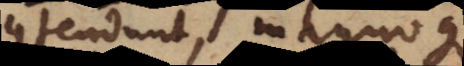
contendunt, magnoque